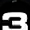
Digit: 3